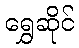
ရွှေဆိုင်